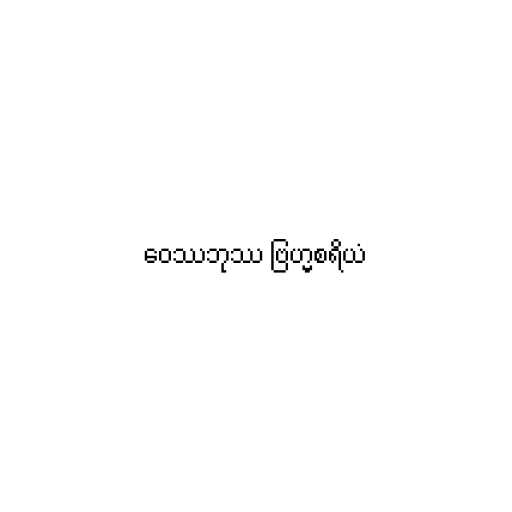
ဝေဿဘုဿ ဗြဟ္မစရိယံ